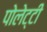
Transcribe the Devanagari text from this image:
पोलेट्टी